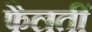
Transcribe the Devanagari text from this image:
फैलतीं